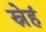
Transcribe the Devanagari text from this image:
स्नेहं